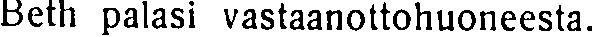
Beth palasi vastaanottohuoneesta.